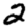
Digit: 2